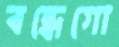
বন্ধেগো